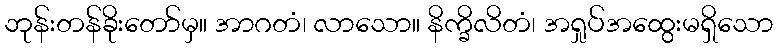
ဘုန်းတန်ခိုးတော်မှ။ အာဂတံ၊ လာသော။ နိက္ခိလိတံ၊ အရှုပ်အထွေးမရှိသော